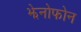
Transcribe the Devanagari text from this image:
झेनोफोन